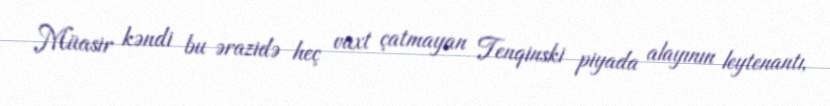
Müasir kəndi bu ərazidə heç vaxt çatmayan Tenqinski piyada alayının leytenantı,